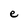
Character: e